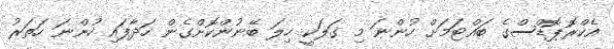
އެކްރޮޕޮޑްސްގެ ބައްޓަމަށް ހުންނަ މި ގަލަކީ ހިލަ ބޭނުންކޮށްގެން ހަދާފައި ހުންނަ ހަތަރު